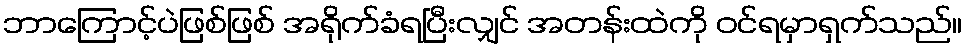
ဘာကြောင့်ပဲဖြစ်ဖြစ် အရိုက်ခံရပြီးလျှင် အတန်းထဲကို ဝင်ရမှာရှက်သည်။